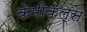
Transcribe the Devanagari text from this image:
केमीकल्स